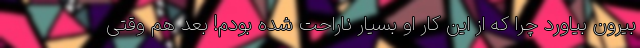
بیرون بیاورد چرا که از این کار او بسیار ناراحت شده بودم! بعد هم وقتی